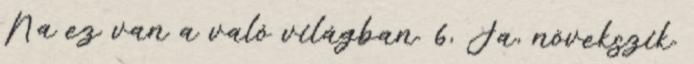
Na ez van a való világban. 6, Ja, növekszik.